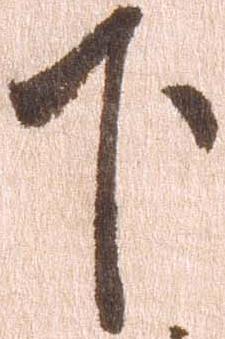
下